Vaccination in Bombay 1874-1876 - 1874-1876
Year: 1874
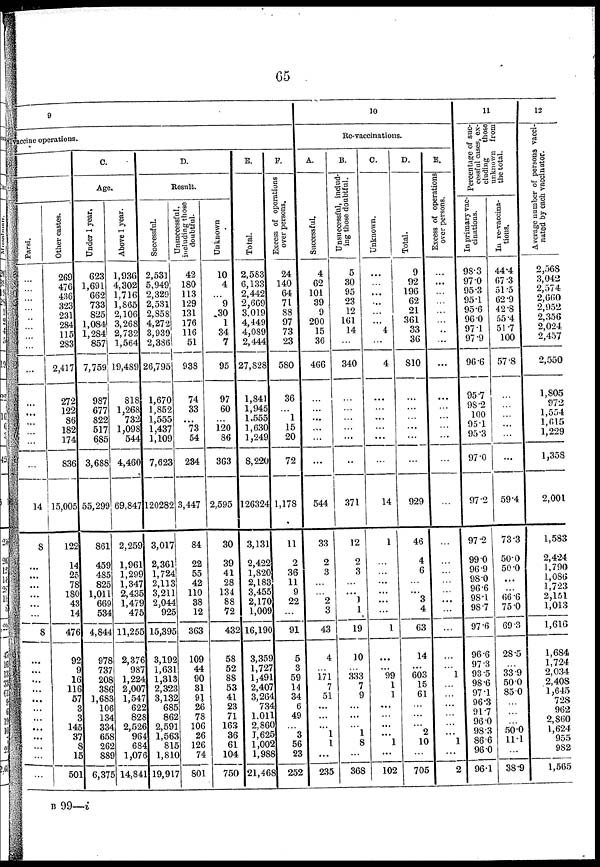
65
9
vaccine operations.
Parsi.
...
...
...
...
...
...
...
...
...
...
...
...
...
...
...
14
8
...
...
...
...
...
...
8
...
...
...
...
...
...
...
...
...
...
...
...
Other castes.
269
476
436
323
231
284
115
283
2,417
272
122
86
182
174
836
15,005
122
14
25
78
180
43
14
476
92
9
16
116
57
3
3
145
37
8
15
501
C.
Age.
Under 1 year.
623
1,691
662
733
825
1,084
1,284
857
7,759
987
677
822
517
685
3,688
55,299
861
459
485
825
1,011
669
534
4,844
978
737
208
386
1,683
106
134
334
658
262
889
6,375
Above 1 year.
1,936
4,302
1,716
1,865
2,106
3,268
2,732
1,564
19,489
818
1,268
732
1,098
544
4,460
69,847
2,259
1,961
1,299
1,347
2,435
1,479
475
11,255
2,376
987
1,224
2,007
1,547
622
828
2,526
964
684
1,076
14,841
D.
Result.
Successful.
2,531
5,949
2,329
2,531
2,858
4,272
3,939
2,386
26,795
1,670
1,852
1,555
1,437
1,109
7,623
120282
3,017
2,361
1,724
2,113
3,211
2,044
925
15,395
3,192
1,631
1,313
2,323
3,132
685
862
2,591
1,563
815
1,810
19,917
Unsuccessful,
including those
doubtful.
42
180
113
129
131
176
116
51
938
74
33
...
73
54
234
3,447
84
22
55
42
110
38
12
363
109
44
90
31
91
26
78
106
26
126
74
801
Unknown
10
4
...
9
30
1
34
7
95
97
60
...
120
86
363
2,595
30
39
41
28
134
88
72
432
58
52
88
53
41
23
71
163
36
61
104
750
E.
Total.
2,583
6,133
2,442
2,669
3,019
4,449
4,089
2,444
27,828
1,841
1,945
1,555
1,630
1,249
8,220
126324
3,131
2,422
1,820
2,183
3,455
2,170
1,009
16,190
3,359
1,727
1,491
2,407
3,264
734
1,011
2,860
1, 625
1,002
1,988
21,468
F.
Excess of operations
over persons.
24
140
64
71
88
97
73
23
580
36
...
1
15
20
72
1,178
11
2
36
11
9
22
...
91
5
3
59
14
34
6
49
...
3
56
23
252
10
Re-vaccinations.
A.
Successful.
4
62
101
39
9
200
15
36
466
...
...
...
...
...
...
544
33
2
3
...
...
2
3
43
4
...
171
7
51
...
...
...
1
1
...
235
B.
Unsuccessful, includ-
ing those doubtful.
5
30
95
23
12
161
14
...
340
...
...
...
...
...
...
371
12
2
3
...
...
1
1
19
10
...
333
7
9
...
...
...
1
8
...
368
C.
Unknown.
...
...
...
...
...
...
4
...
4
...
...
...
...
...
...
14
1
...
...
...
...
...
...
1
...
...
99
1
1
...
...
...
...
1
...
102
D.
Total.
9
92
196
62
21
361
33
36
810
...
...
...
...
...
...
929
46
4
6
...
...
3
4
63
14
...
603
15
61
...
...
...
2
10
...
705
E.
Excess of operations
over persons.
...
...
...
...
...
...
...
...
...
...
...
...
...
...
...
...
...
...
...
...
...
...
...
...
...
...
1
...
...
...
...
...
...
1
...
2
11
Percentage of suc-
cessful cases, ex-
cluding
those
unknown from
the total.
In primary vac-
cinations.
98.3
97.0
95.3
95.1
95.6
96.0
97.1
97.9
96.6
95.7
98.2
100
95.1
95.3
97.0
97.2
97.2
99.0
96.9
98.0
96.6
98.1
98.7
97.6
96.6
97.3
93.5
98.6
97.1
96.3
91.7
96.0
98.3
86.6
96.0
96.1
In re-vaccina¬
tious.
44.4
67.3
51.5
62.9
42.8
55.4
51.7
100
57.8
...
...
...
...
...
...
59.4
73.3
50.0
50.0
...
...
66.6
75.0
69.3
28.5
...
33.9
50.0
85.0
...
...
...
50.0
11.1
...
38.9
13
Average number of persons vacci-
nated by each vaccinator.
2,568
3,042
2,574
2,660
2,952
2,356
2,024
2,457
2,550
1,805
972
1,554
1,615
1,229
1,358
2,001
1,583
2,424
1,790
1,086
1,723
2,161
1,013
1,616
1,684
1,724
2,034
2,408
1,645
728
962
2,860
1,624
955
982
1,565
B 99—i